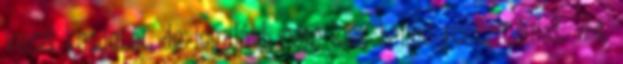
veszi kezdetét, de legalább nem lesz benne rosszindulat. #4.